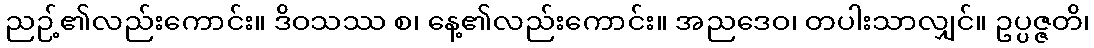
ညဉ့်၏လည်းကောင်း။ ဒိဝသဿ စ၊ နေ့၏လည်းကောင်း။ အညဒေဝ၊ တပါးသာလျှင်။ ဥပ္ပဇ္ဇတိ၊